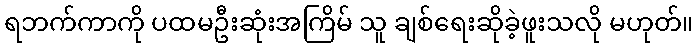
ရဘက်ကာကို ပထမဦးဆုံးအကြိမ် သူ ချစ်ရေးဆိုခဲ့ဖူးသလို မဟုတ်။